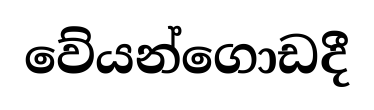
වේයන්ගොඩදී